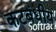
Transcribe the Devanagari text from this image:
कटबंधीय